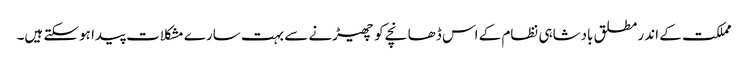
مملکت کے اندر مطلق بادشاہی نظام کے اس ڈھانچے کو چھیڑنے سے بہت سارے مشکلات پیدا ہوسکتے ہیں۔